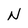
Character: N